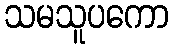
သမသူပကော